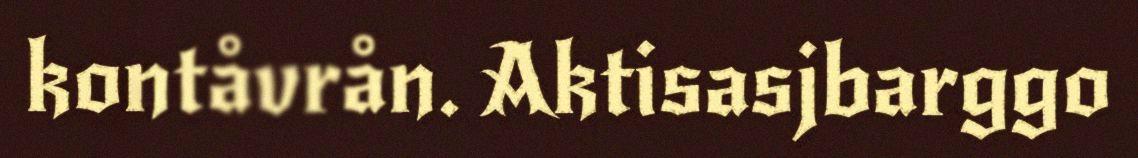
kontåvrån. Aktisasjbarggo